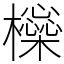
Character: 㰑